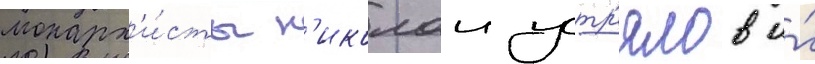
монарх'и́сты н'иколаи устр'ялов и́